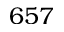
6 5 7